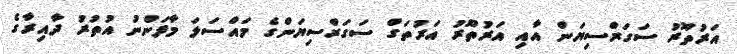
އަރުތޫރު ސަގަރްސިޔަން އާއި އަރުތޫރު އަރުތަގް ސަގަރްސިޔަންގެ މައްސަލަ މާފަންނު އުތުރު ދާއިރާގެ